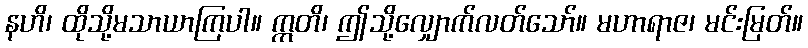
နဟိ၊ ထိုသို့မသာယာကြပါ။ ဣတိ၊ ဤသို့လျှောက်လတ်သော်။ မဟာရာဇ၊ မင်းမြတ်။